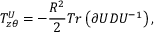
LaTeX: T _ { z \theta } ^ { U } = - \frac { R ^ { 2 } } { 2 } T r \left( \partial U D U ^ { - 1 } \right) ,